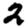
Digit: 2